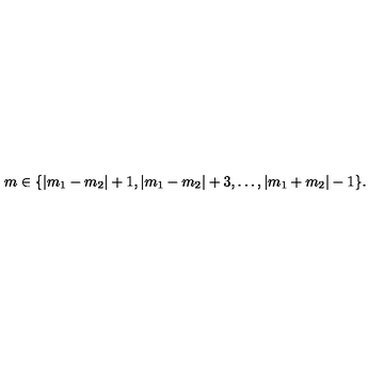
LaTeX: m \in \{ | m _ { 1 } - m _ { 2 } | + 1 , | m _ { 1 } - m _ { 2 } | + 3 , \ldots , | m _ { 1 } + m _ { 2 } | - 1 \} .